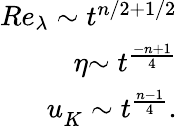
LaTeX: \begin{array}{r}{{Re_{\lambda}}\sim{t^{n/2+1/2}}}\\ {\eta{\sim t^{\frac{{-n+1}}{4}}}}\\ {u_{K}^{}\sim{t^{\frac{{n-1}}{4}}}.}\end{array}